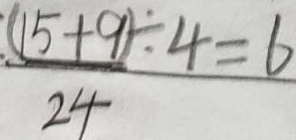
\frac { ( 1 5 + 9 ) } { 2 4 } \div 4 = 6